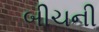
બીચની